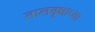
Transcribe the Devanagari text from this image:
तालवृक्षाच्या